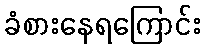
ခံစားနေရကြောင်း